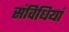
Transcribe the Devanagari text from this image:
संविधियां